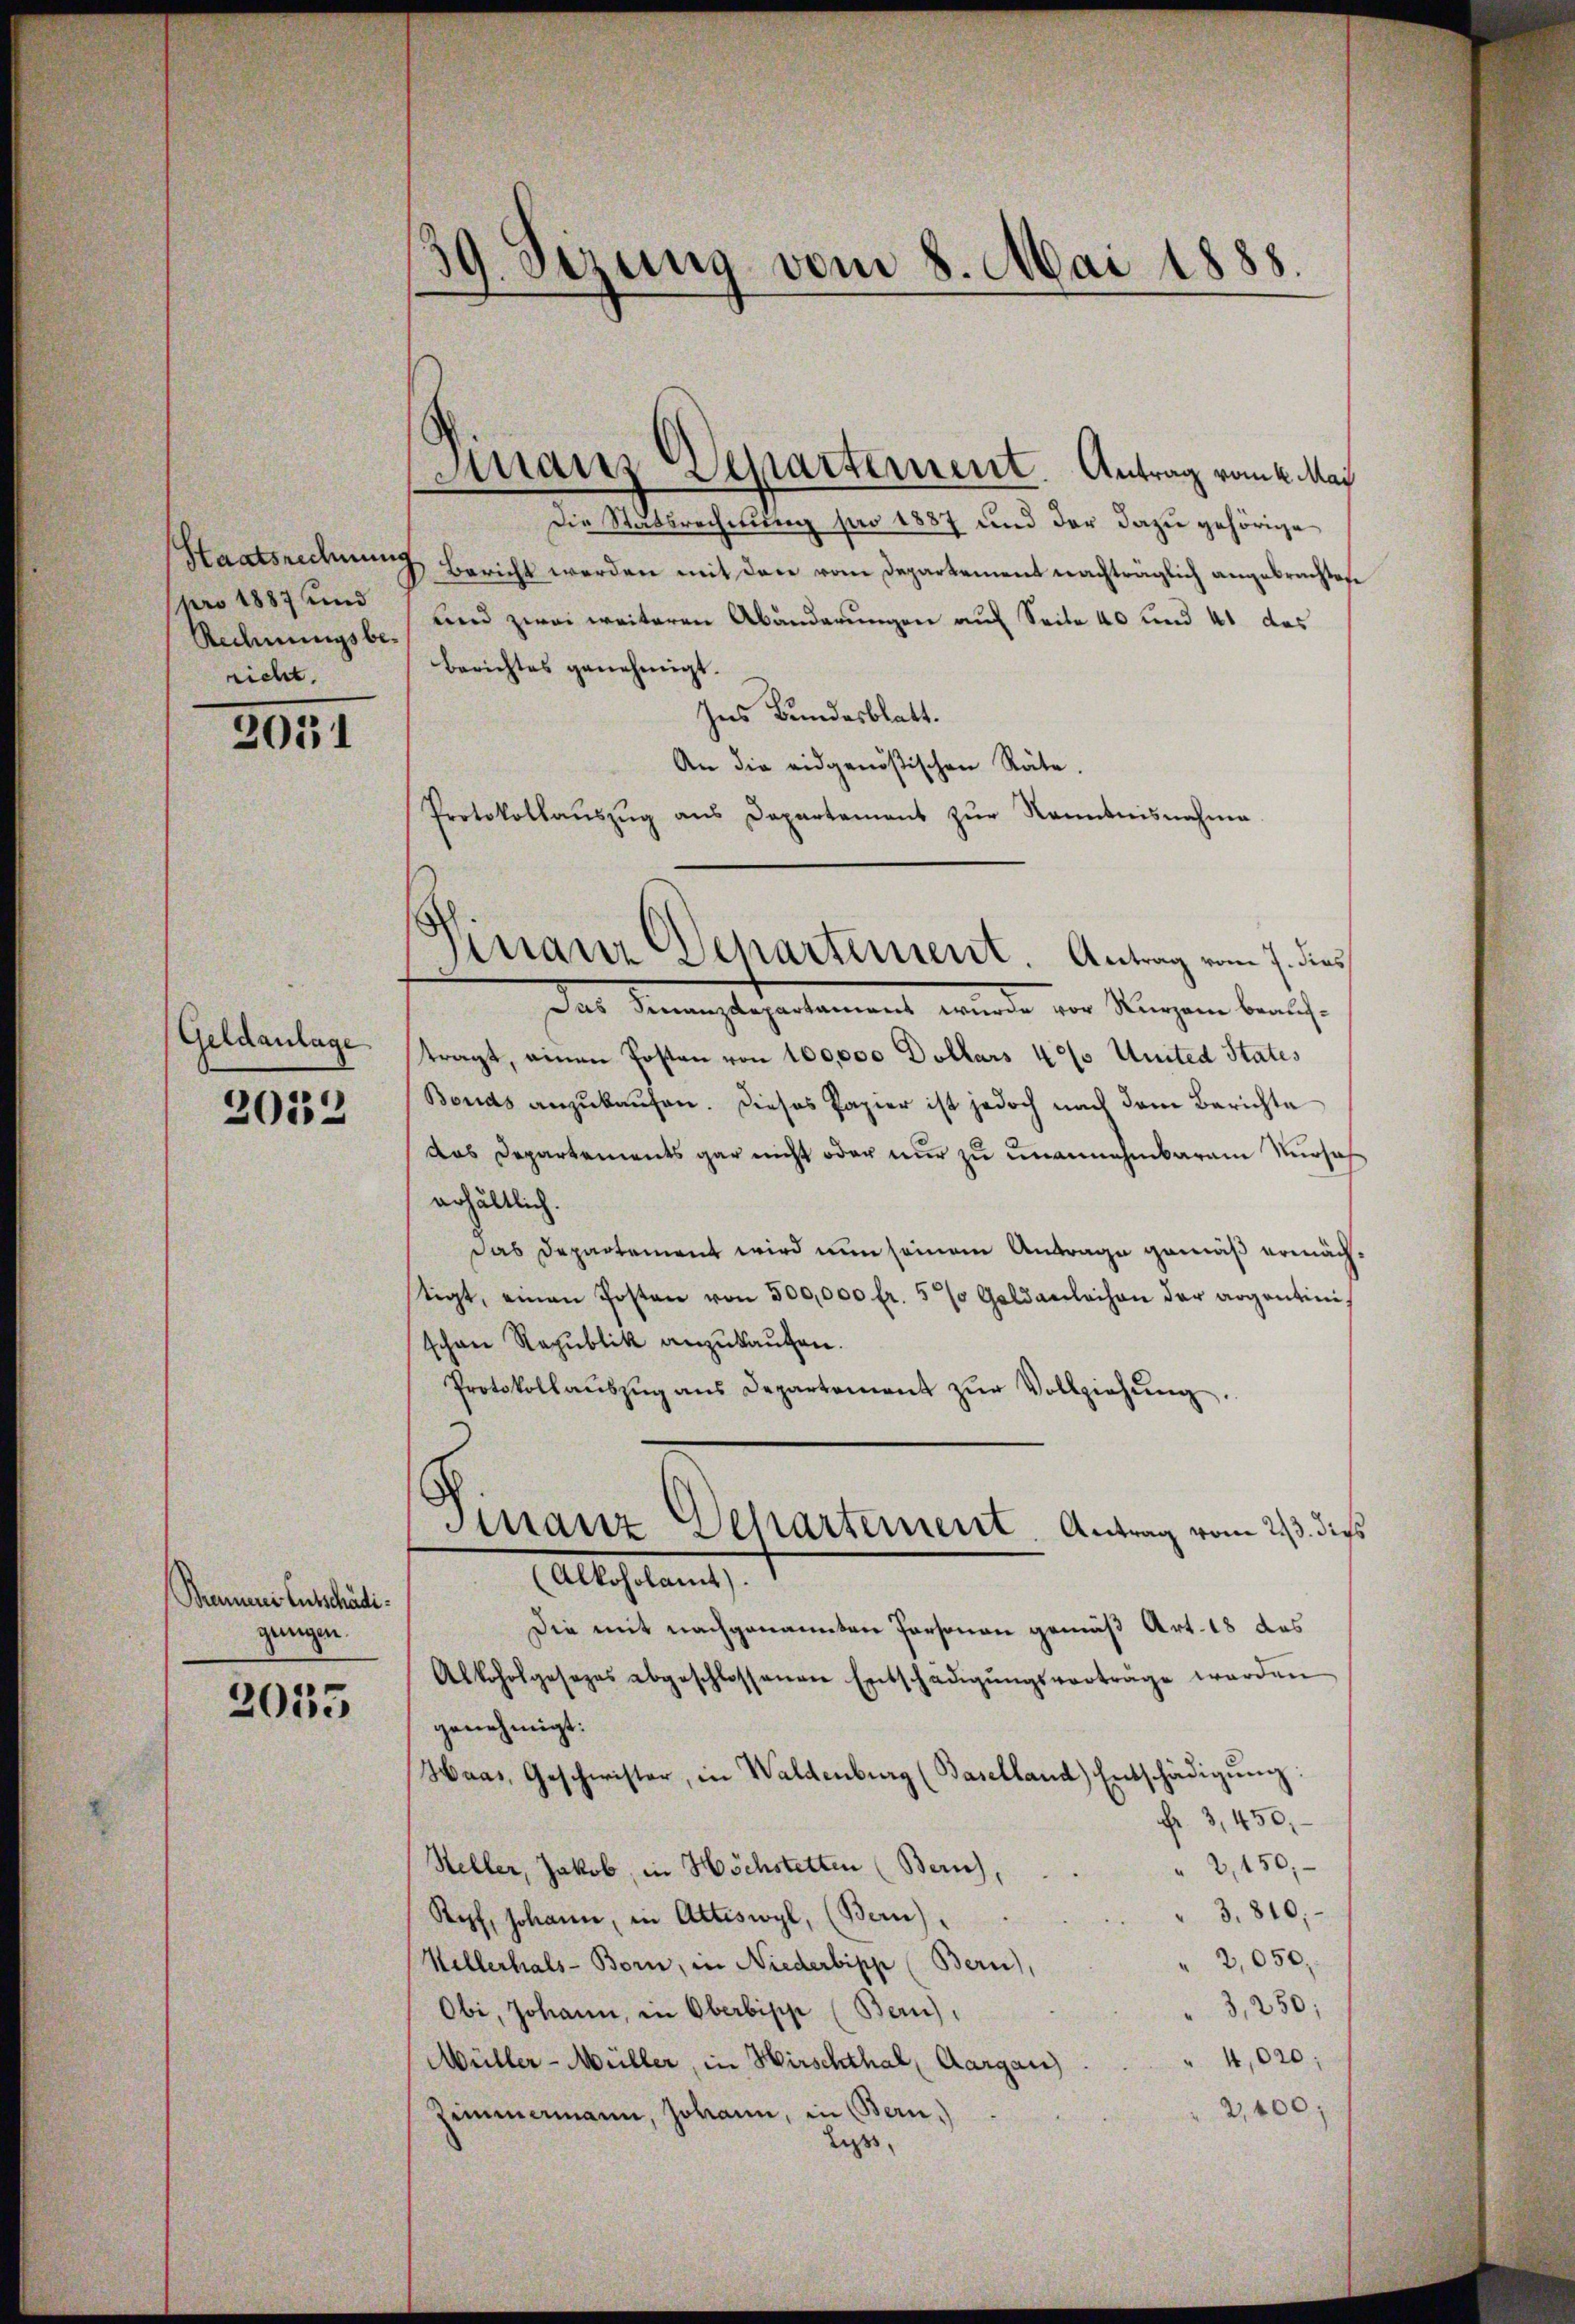
Staatsrechnung
pro 1887 und
Rechnungsbe-
richt.

2031

Geldanlage

2052

Brenneres Entschädigangen.

2055

39. Sezung vom 8. Mai 1888.

Finanz Departement. Antrag vom 4. Mai

Die Statsrechnung pro 1887 und der dazu gehörige
I. Bericht werden mit den vom Departement nachträglich angebrachten
und zwei weiteren Abänderungen auf Seite 40 und 41 das
Berichtes genehmigt.
Ins Bundesblatt.
An die eidgenößischen Räte.
Protokollaŭszŭg ans Departement zŭr Kenntnisnahme

Sirranz Departement. Antrag vom 7. dies

Finanz Departement. Antrag vom 23. dies
Alkoholamt).

Das Finanzdepartament wurde vor Kurzen beauftragt, einen Posten von 100,000 Dollars 40% United States
Bonds anzukaufen. Dieses Papier ist jedoch nach dem Berichte
das Departements gar nicht oder nur zu unannehmbarem Nursach
erhältlich.
Das Departement wird nun seinem Antrage gemäß ermächstigt, einen Posten von 300,000 fr. 5 % Geldanleihen der argantini-
schon Republik anzukaufen.
Protokollaŭszŭg ans Departement zŭr Vollziehŭng.
Die mit nachgenannten Personen gemäß Art. 18 das
Alkoholgesezes abgeschlossenen Entschädigŭngsvorträge werden
genehmigt:
Haas, Geschwister, in Waldenburg (Baselland) Entschädigŭng:
Fr. 3, 450.
" 2, 150,
Steller, Jakob, in Höchstetten (Zürich,
" 3. 810.
Kopf, Johann, in Attiswyl, (Bern).
" 2,050,
Wellerhals-Born, in Niederbipp (Bern),
3,250;
Obi, Johann, in Oberbipp (Bern),
4,020;
Müller-Müller, in Hirschthal Aargau)
2,400;
Zimmermann, Johann, in Bern.)
Luss